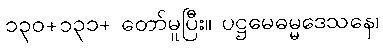
၁၃၀+၁၃၁+ တော်မူပြီး။ ပဋ္ဌမေဓမ္မဒေသနေ၊